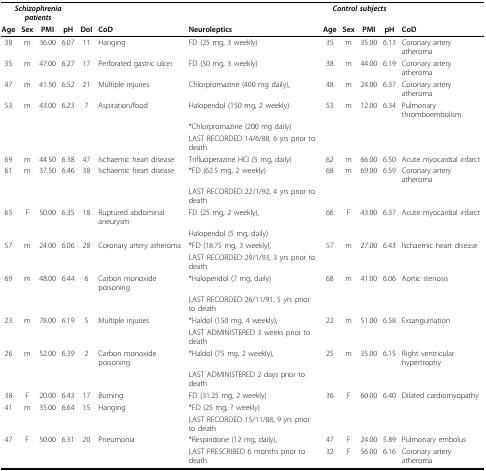
<table><thead><tr><td colspan="4"><b><i>Schizophrenia patients</i></b></td><td></td><td></td><td></td><td colspan="4"><b><i>Control subjects</i></b></td><td></td></tr><tr><td><b>Age</b></td><td><b>Sex</b></td><td><b>PMI</b></td><td><b>pH</b></td><td><b>DoI</b></td><td><b>CoD</b></td><td><b>Neuroleptics</b></td><td><b>Age</b></td><td><b>Sex</b></td><td><b>PMI</b></td><td><b>pH</b></td><td><b>CoD</b></td></tr></thead><tbody><tr><td>38</td><td>m</td><td>36.00</td><td>6.07</td><td>11</td><td>Hanging</td><td>FD (25 mg, 3 weekly)</td><td>35</td><td>m</td><td>35.00</td><td>6.13</td><td>Coronary artery atheroma</td></tr><tr><td>35</td><td>m</td><td>47.00</td><td>6.27</td><td>17</td><td>Perforated gastric ulcer</td><td>FD (50 mg, 3 weekly)</td><td>38</td><td>m</td><td>44.00</td><td>6.19</td><td>Coronary artery atheroma</td></tr><tr><td>47</td><td>m</td><td>41.50</td><td>6.52</td><td>21</td><td>Multiple injuries</td><td>Chlorpromazine (400 mg daily),</td><td>48</td><td>m</td><td>24.00</td><td>6.37</td><td>Coronary artery atheroma</td></tr><tr><td>53</td><td>m</td><td>43.00</td><td>6.23</td><td>7</td><td>Aspiration/food</td><td>Haloperidol (150 mg, 2 weekly)</td><td>53</td><td>m</td><td>12.00</td><td>6.34</td><td>Pulmonary thromboembolism</td></tr><tr><td></td><td></td><td></td><td></td><td></td><td></td><td>*Chlorpromazine (200 mg daily)</td><td></td><td></td><td></td><td></td><td></td></tr><tr><td></td><td></td><td></td><td></td><td></td><td></td><td>LAST RECORDED 14/6/88, 6 yrs prior to death</td><td></td><td></td><td></td><td></td><td></td></tr><tr><td>69</td><td>m</td><td>44.50</td><td>6.38</td><td>47</td><td>Ischaemic heart disease</td><td>Trifluoperazine HCl (5 mg, daily)</td><td>62</td><td>m</td><td>66.00</td><td>6.50</td><td>Acute myocardial infarct</td></tr><tr><td>61</td><td>m</td><td>37.50</td><td>6.46</td><td>38</td><td>Ischaemic heart disease</td><td>*FD (62.5 mg, 2 weekly)</td><td>68</td><td>m</td><td>69.00</td><td>6.59</td><td>Coronary artery atheroma</td></tr><tr><td></td><td></td><td></td><td></td><td></td><td></td><td>LAST RECORDED 22/1/92, 4 yrs prior to death</td><td></td><td></td><td></td><td></td><td></td></tr><tr><td>65</td><td>F</td><td>50.00</td><td>6.35</td><td>18</td><td>Ruptured abdominal aneurysm</td><td>FD (25 mg, 2 weekly),</td><td>66</td><td>F</td><td>43.00</td><td>6.37</td><td>Acute myocardial infarct</td></tr><tr><td></td><td></td><td></td><td></td><td></td><td></td><td>Haloperidol (5 mg, daily)</td><td></td><td></td><td></td><td></td><td></td></tr><tr><td>57</td><td>m</td><td>24.00</td><td>6.06</td><td>28</td><td>Coronary artery atheroma</td><td>*FD (18.75 mg, 3 weekly),</td><td>57</td><td>m</td><td>27.00</td><td>6.43</td><td>Ischaemic heart disease</td></tr><tr><td></td><td></td><td></td><td></td><td></td><td></td><td>LAST RECORDED 29/1/93, 3 yrs prior to death</td><td></td><td></td><td></td><td></td><td></td></tr><tr><td>69</td><td>m</td><td>48.00</td><td>6.44</td><td>6</td><td>Carbon monoxide poisoning</td><td>*Haloperidol (7 mg, daily)</td><td>68</td><td>m</td><td>41.00</td><td>6.06</td><td>Aortic stenosis</td></tr><tr><td></td><td></td><td></td><td></td><td></td><td></td><td>LAST RECORDED 26/11/91, 5 yrs prior to death</td><td></td><td></td><td></td><td></td><td></td></tr><tr><td>23</td><td>m</td><td>78.00</td><td>6.19</td><td>5</td><td>Multiple injuries</td><td>*Haldol (150 mg, 4 weekly),</td><td>22</td><td>m</td><td>51.00</td><td>6.58</td><td>Exsanguination</td></tr><tr><td></td><td></td><td></td><td></td><td></td><td></td><td>LAST ADMINISTERED 3 weeks prior to death</td><td></td><td></td><td></td><td></td><td></td></tr><tr><td>26</td><td>m</td><td>52.00</td><td>6.39</td><td>2</td><td>Carbon monoxide poisoning</td><td>*Haldol (75 mg, 2 weekly),</td><td>25</td><td>m</td><td>35.00</td><td>6.15</td><td>Right ventricular hypertrophy</td></tr><tr><td></td><td></td><td></td><td></td><td></td><td></td><td>LAST ADMINISTERED 2 days prior to death</td><td></td><td></td><td></td><td></td><td></td></tr><tr><td>38</td><td>F</td><td>20.00</td><td>6.43</td><td>17</td><td>Burning</td><td>FD (31.25 mg, 2 weekly)</td><td>36</td><td>F</td><td>60.00</td><td>6.40</td><td>Dilated cardiomyopathy</td></tr><tr><td>41</td><td>m</td><td>35.00</td><td>6.64</td><td>15</td><td>Hanging</td><td>*FD (25 mg, ? weekly)</td><td></td><td></td><td></td><td></td><td></td></tr><tr><td></td><td></td><td></td><td></td><td></td><td></td><td>LAST RECORDED 15/11/88, 9 yrs prior to death</td><td></td><td></td><td></td><td></td><td></td></tr><tr><td>47</td><td>F</td><td>50.00</td><td>6.31</td><td>20</td><td>Pneumonia</td><td>*Respiridone (12 mg, daily),</td><td>47</td><td>F</td><td>24.00</td><td>5.89</td><td>Pulmonary embolus</td></tr><tr><td></td><td></td><td></td><td></td><td></td><td></td><td>LAST PRESCRIBED 6 months prior to death</td><td>32</td><td>F</td><td>56.00</td><td>6.16</td><td>Coronary artery atheroma</td></tr></tbody></table>